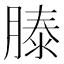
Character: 𬛍